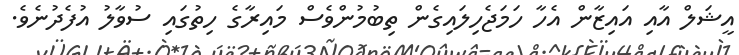
އީޝަލް އާއި އައިޒާން އެހާ ހަމަޖެހިލައިގެން ތިބުމުންވެސް މައިރާގެ ހިތުގައި ސުވާލު އުފެދުނެވެ.